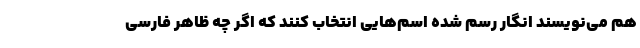
هم می‌نویسند انگار رسم شده اسم‌هایی انتخاب کنند که اگر چه ظاهر فارسی